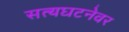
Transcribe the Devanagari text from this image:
सत्यघटनेवर